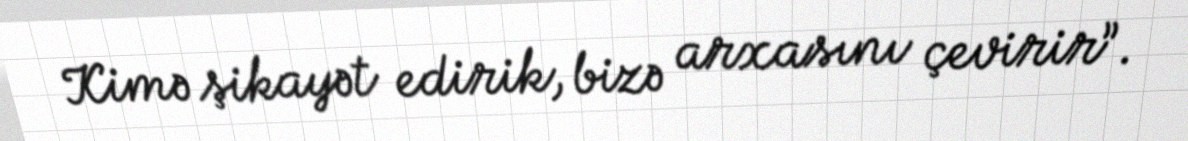
Kimə şikayət edirik, bizə arxasını çevirir”.